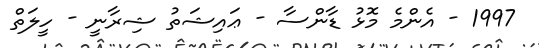
1997 - އެންމެ މޮޅު ޑާންސާ - ޢައިޝަތު ޝިރާނީ - ހީލަތް